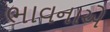
ભાવનાએ